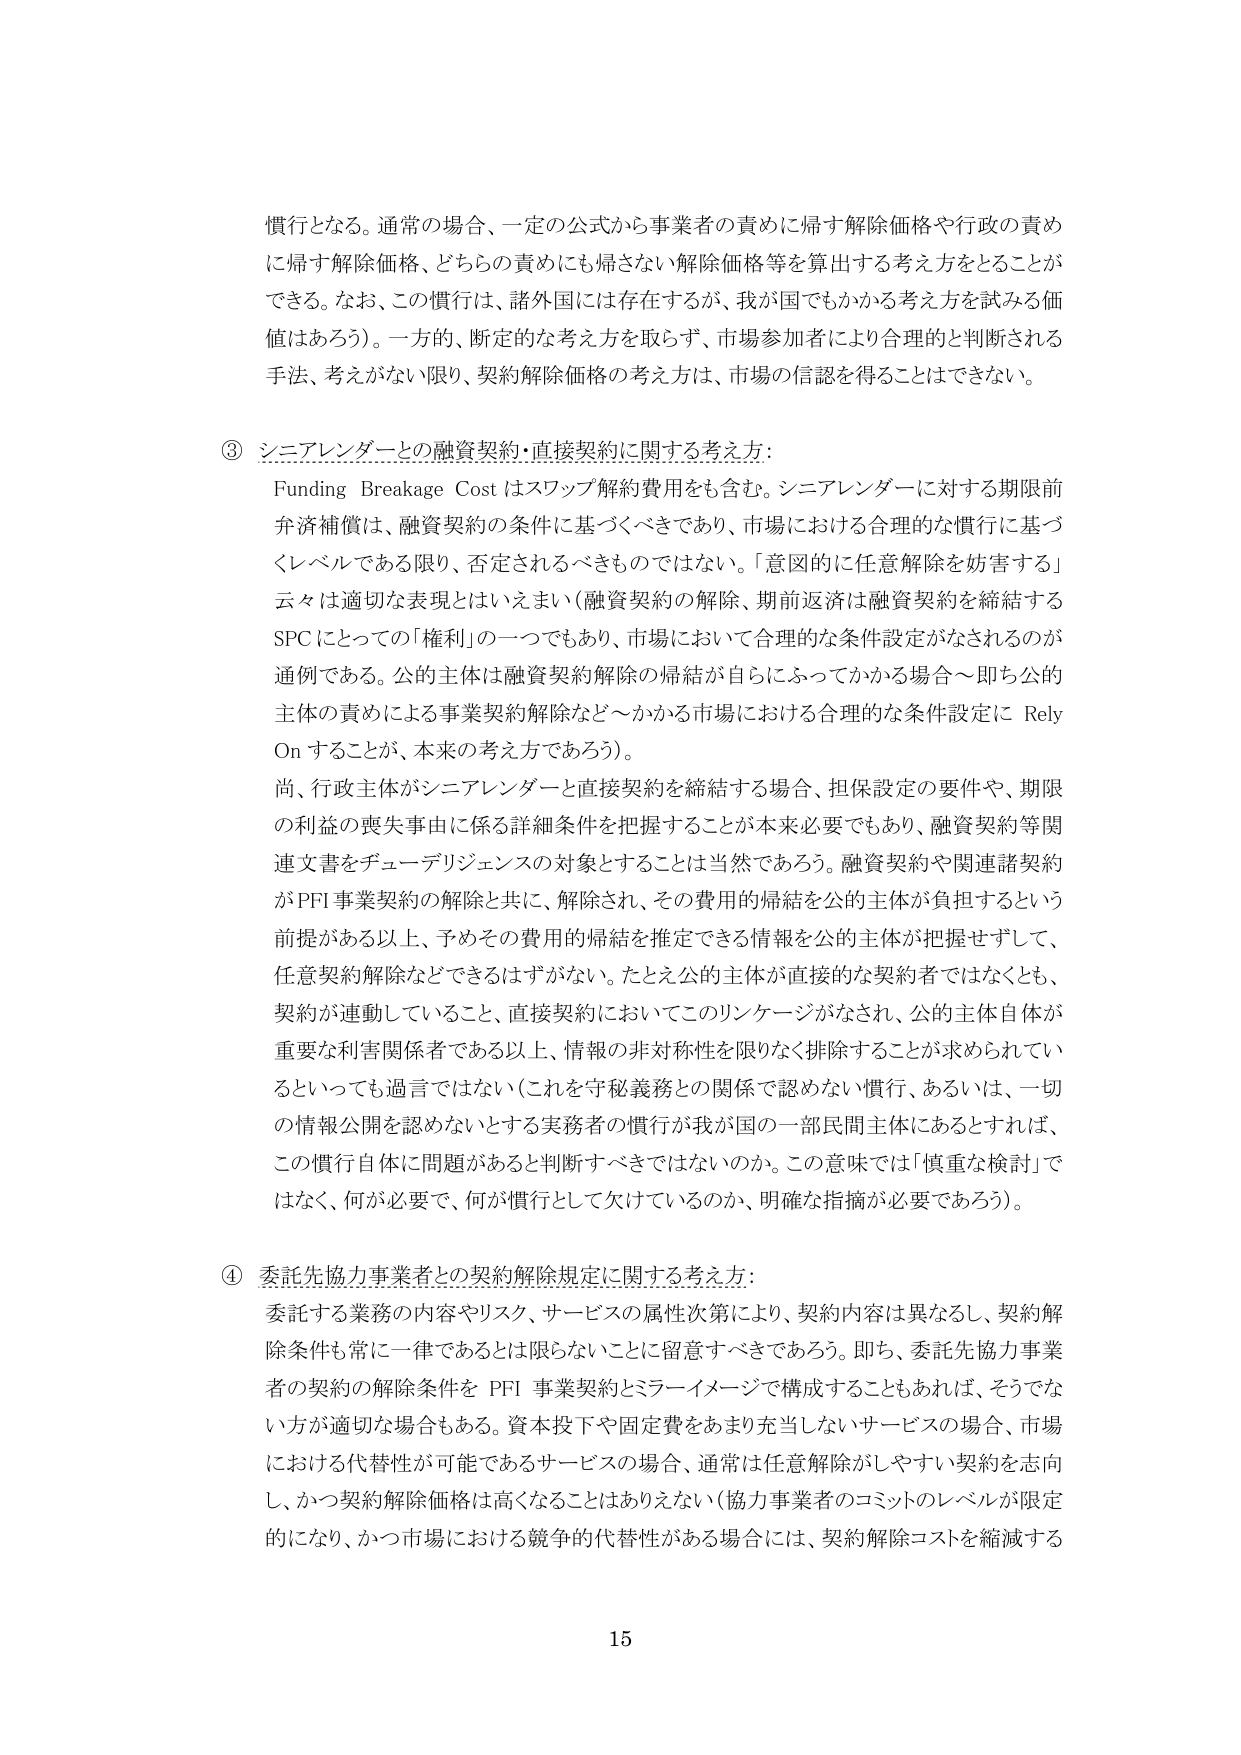
慣行となる。通常の場合、一定の公式から事業者の責めに帰す解除価格や行政の責めに帰す解除価格、どちらの責めにも帰さない解除価格等を算出する考え方をとることができる。なお、この慣行は、諸外国には存在するが、我が国でもかかる考え方を試みる価値はあろう）。一方的、断定的な考え方を取らず、市場参加者により合理的と判断される手法、考えがない限り、契約解除価格の考え方は、市場の信認を得ることはできない。

③ シニアレンダーとの融資契約・直接契約に関する考え方：
Funding Breakage Cost はスワップ解約費用をも含む。シニアレンダーに対する期限前弁済補償は、融資契約の条件に基づくべきであり、市場における合理的な慣行に基づくレベルである限り、否定されるべきものではない。「意図的に任意解除を妨害する」云々は適切な表現とはいえまい（融資契約の解除、期前返済は融資契約を締結するSPCにとっての「権利」の一つでもあり、市場において合理的な条件設定がなされるのが通例である。公的主体は融資契約解除の帰結が自らにふってかかる場合～即ち公的主体の責めによる事業契約解除など～かかる市場における合理的な条件設定に Rely On することが、本来の考え方であろう）。

尚、行政主体がシニアレンダーと直接契約を締結する場合、担保設定の要件や、期限の利益の喪失事由に係る詳細条件を把握することが本来必要でもあり、融資契約等関連文書をデューデリジェンスの対象とすることは当然であろう。融資契約や関連諸契約がPFI事業契約の解除と共に、解除され、その費用的帰結を公的主体が負担するという前提がある以上、予めその費用的帰結を推定できる情報を公的主体が把握せずに、任意契約解除などできるはずがない。たとえ公的主体が直接的な契約者ではなくとも、契約が連動していること、直接契約においてこのリンケージがなされ、公的主体自体が重要な利害関係者である以上、情報の非対称性を限りなく排除することが求められているといっても過言ではない（これを守秘義務との関係で認めない慣行、あるいは、一切の情報公開を認めないとする実務者の慣行が我が国の一部民間主体にあるとすれば、この慣行自体に問題があると判断すべきではないのか。この意味では「慎重な検討」ではなく、何が必要で、何が慣行として欠けているのか、明確な指摘が必要であろう）。

④ 委託先協力事業者との契約解除規定に関する考え方：
委託する業務の内容やリスク、サービスの属性次第により、契約内容は異なるし、契約解除条件も常に一律であるとは限らないことに留意すべきであろう。即ち、委託先協力事業者の契約の解除条件をPFI事業契約とミラーイメージで構成することもあれば、そうでない方が適切な場合もある。資本投下や固定費をあまり充当しないサービスの場合、市場における代替性が可能であるサービスの場合、通常は任意解除がしやすい契約を志向し、かつ契約解除価格は高くなることはありえない（協力事業者のコミットのレベルが限定的になり、かつ市場における競争的代替性がある場合には、契約解除コストを縮減する

15